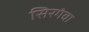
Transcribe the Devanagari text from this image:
सिरगंवा